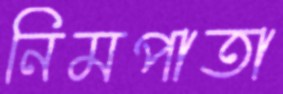
নিমপাতা